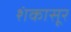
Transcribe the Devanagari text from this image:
शंकासूर